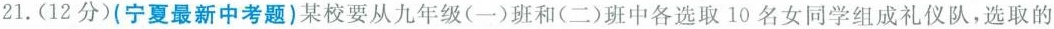
21.(12分)(宁夏最新中考题)某校要从九年级(一)班和(二)班中各选取10名女同学组成礼仪队，选取的